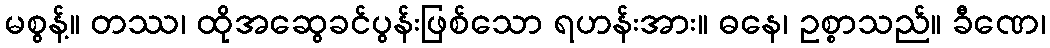
မစွန့်။ တဿ၊ ထိုအဆွေခင်ပွန်းဖြစ်သော ရဟန်းအား။ ဓနေ၊ ဥစ္စာသည်။ ခီဏေ၊